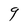
Character: 9